Annual report of lunatic asylums [Bombay] - 1912-1922
Year: 1912
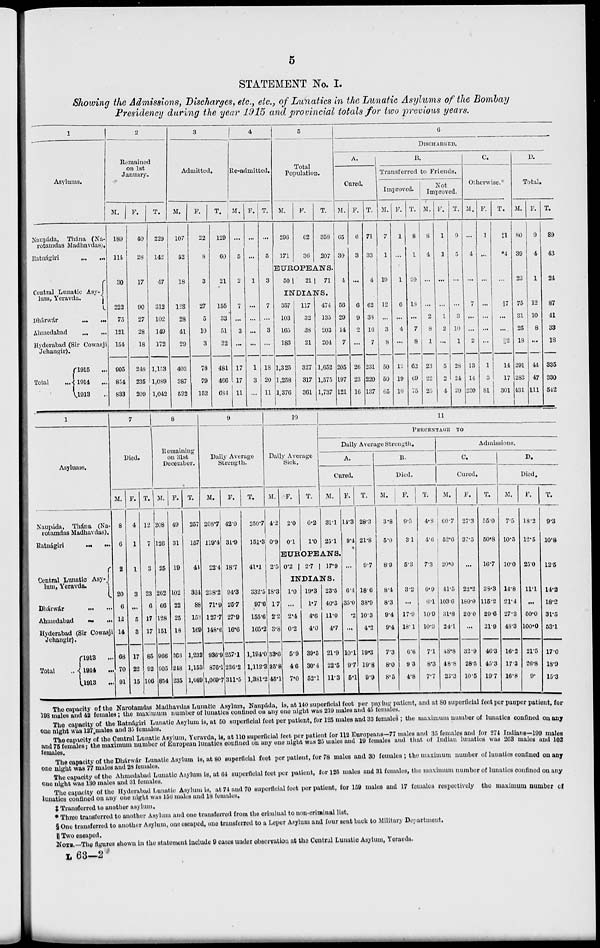
5
STATEMENT No. I.
Showing the Admissions, Discharges, etc., etc., of Lunatics in the Lunatic Asylums of the Bombay
Presidency during the year 1915 and provincial totals for two previous years.
1
Asylums.
Naupáda, Thána (Na-
rotamdas Madhavdas).
Ratnágiri ...
...
Central Lunatic Asy-
lum, Yeravda.
Dhárwár ... ...
Ahmedabad
...
...
Hyderabad (Sir Cowasji
Jehangir).
Total
1915 ...
1914
...
1913 ...
2
Remained
on 1st
January.
M.
189
114
30
222
75
121
154
905
834
833
F.
40
28
17
90
27
28
18
248
235
209
T.
229
142
47
312
102
149
172
1,153
1,089
1,042
3
Admitted.
M.
107
52
18
128
28
41
29
403
387
532
F.
22
8
3
27
5
10
3
78
79
152
T.
129
60
21
155
33
51
22
481
466
631
4
Re-admitted.
M.
...
5
2
7
...
3
...
17
17
11
F.
...
...
1
...
...
...
...
1
3
...
T.
...
5
3
7
...
3
...
18
20
11
5
Total
Population.
M.
206
171
F.
62
36
T.
358
207
EUROPEANS.
50|
21
71
INDIANS.
357
103
165
183
1,325
1,258
1,376
117
32
38
21
327
317
361
474
135
203
204
1,652
1,575
1,737
6
DISCHARGED.
A.
Cured.
M.
65
30
4
56
29
14
7
205
197
121
F.
6
3
...
6
9
2
...
26
23
16
T.
71
33
4
62
38
16
7
231
220
137
B.
Transferred to Friends.
Improved.
M.
7
1
19
12
...
3
8
50
50
65
F.
1
...
1
6
...
4
...
12
19
10
T.
8
1
20
18
...
7
8
62
69
75
Not
Improved.
M.
8
4
...
2
8
1
23
22
25
F.
1
1
...
...
1
2
...
5
2
4
T.
9
5
...
...
3
10
1
28
24
29
C.
Otherwise.*
M.
...
4
...
7
...
...
2
13
14
220
F.
1
...
...
...
...
...
...
1
3
81
T.
‡1
*4
...
§7
...
...
112
14
17
301
D.
Total.
M.
80
39
23
75
31
25
18
291
283
431
F.
9
4
1
12
10
8
...
44
47
111
T.
89
43
24
87
41
33
18
335
330
542
1
Asylums.
Naupáda,
Thána (Na-
rotamdas Madhavdas).
Ratnágiri
...
...
Central Lunatic Asy-
lum, Yeravda.
Dhárwár
... ...
Almedabad ... ...
Hyderabad (Sir Cowasji
Jehangir).
Total ...
1913 ...
1914
...
1913
...
7
Died.
M.
8
6
2
20
6
12
14
68
70
91
F.
4
1
1
3
...
5
3
17
22
15
T.
12
7
3
23
6
17
17
85
92
106
8
Remaining
on 31st
December.
M.
208
126
25
262
66
128
151
966
905
854
F.
49
31
19
102
22
25
18
266
248
235
T.
257
157
41
364
88
153
169
1,232
1,153
1,089
9
Daily Average
Strength.
M.
208.7
119.4
224
238.2
71.9
127.7
148.6
936.9
876.1
1,069.7
F.
42.0
31.9
18.7
94.3
25.7
27.9
16.6
257.1
236.2
311.5
T.
250.7
151.3
41.1
332.5
97.6
155.6
165.2
1,194.0
1,112.3
1,381.2
10
Daily Average
Sick.
M.
4.2
0.9
2.5
18.3
1.7
2.2
3.8
33.6
25.8
45.1
F.
2.0
0.1
T.
6.2
1.0
11
PERCENTAGE TO
Daily Average Strength.
A.
Cured.
M.
31.1
25.1
EUROPEANS.
0.2
2.7
17.9
INDIANS.
1.0
...
2.4
0.2
5.9
4.6
7.0
19.3
1.7
4.6
4.0
39.5
30.4
52.1
23.5
40.3
11.0
4.7
21.9
22.5
11.3
F.
14.3
9.4
...
6-4
35.0
.2
...
10.1
9.7
5.1
T.
28.3
21.8
9.7
18.6
38.9
10.3
4.2
19.3
19.8
9.9
B.
M.
3.8
5.0
8.9
8.4
8.3
9.4
9.4
7.3
8.0
8.5
Died.
F.
9.5
3.1
5.3
3.2
...
17.9
18.1
6.6
9.3
4.8
T.
4.8
4.6
7.3
6.9
6.1
10.9
10.3
7.1
8.3
7.7
Admissions.
C.
Cured.
M.
60.7
52.6
20.0
41.5
103.6
31.8
24.1
48.8
48.8
22.3
F.
27.3
37.5
...
22.2
180.0
20.0
...
32.9
28.5
10.5
T.
55.0
50.8
16.7
38.3
115.2
29.6
21.9
46.3
45.3
19.7
D.
Died.
M.
7.5
10.5
10.0
14.8
21.4
27.3
48.3
16.2
17.3
16.8
F.
18.2
12.5
25.0
11.1
...
50.0
100.0
21.5
26.8
9.
T.
9.3
10.8
12.5
14.2
18.2
31.5
53.1
17.0
18.9
15.3
The capacity of the Narotamdas Madhavdas Lunatic Asylum, Naupáda, is, at 140 superficial feet per paying patient, and at 80 superficial feet per pauper patient, for
198 males and 42 females; the maximum number of lunatics confined on any one night was 219 males and 45 females.
The capacity of the Ratnágiri Lunatic Asylum is, at 50 superficial feet per patient, for 125 males and 33 females ; the maximum number of lunatics confined on any
one night was 127 males and 35 females.
The capacity of the Central Lunatic Asylum, Yeravda, is, at 110 superficial feet per patient for 112 Europeans—77 males and 35 females and for 274 Indians—199 males
and 75 females; the maximum number of European lunatics confined on any one night was 25 males and 19 females and that of Indian lunatics was 203 males and 102
females.
The capacity of the Dhárwár Lunatic Asylum is, at 80 superficial feet per patient, for 78 males and 30 females ; the maximum number of lunatics confined on any
one night was 77 males and 28 females.
The capacity of the Ahmedabad Lunatic Asylum is, at 64 superficial feet per patient, for 125 males and 31 females, the maximum number of lunatics confined on any
one night was 130 males and 31 females.
The capacity of the Hyderabad Lunatic Asylum is, at 74 and 70 superficial feet per patient, for 159 males and 17 females respectively the maximum number of
lunatics confined on any one night was 156 males and 18 females.
‡ Transferred to another asylum.
* Three transferred to another Asylum and one transferred from the criminal to non-criminal list.
§ One transferred to another Asylum, one escaped, one transferred to a Leper Asylum and four sent back to Military Department.
║ Two escaped.
NOTE.—The figures shown in the statement include 9 cases under observation at the Central Lunatic Asylum, Yeravda.
L 63—2